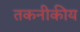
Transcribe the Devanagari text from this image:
तकनीकीय